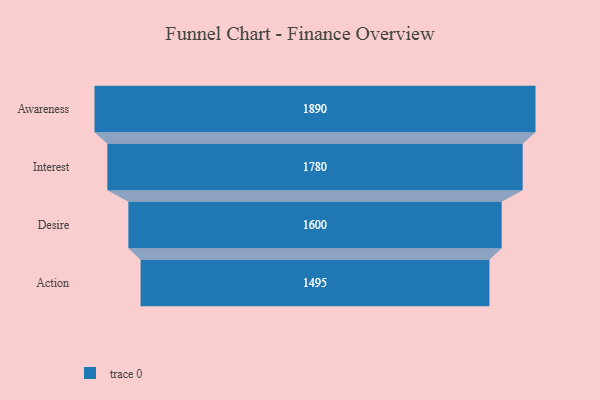
{"axis": {"x": "Stage", "y": "Value"}, "legend": [""], "data": [{"x": "Awareness", "y": 1890.0, "type": ""}, {"x": "Interest", "y": 1780.0, "type": ""}, {"x": "Desire", "y": 1600.0, "type": ""}, {"x": "Action", "y": 1495.0, "type": ""}]}